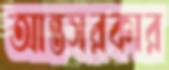
আন্তসরকার